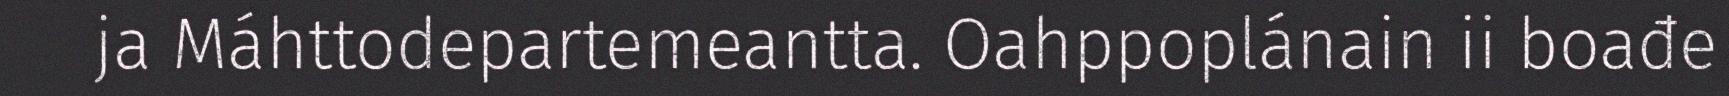
ja Máhttodepartemeantta. Oahppoplánain ii boađe